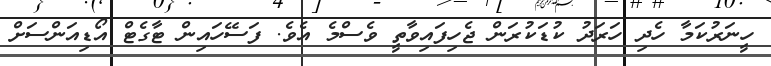
ހީނަރުކަމާ ހެދި ހަރަދު ކުޑަކުރަން ޖެހިފައިވާތީ ވެސްމެ އެވެ. ފަސޭހައިން ޓާގެޓް އޯޑިއަންސަށް